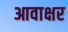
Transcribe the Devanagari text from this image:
आवाक्षर